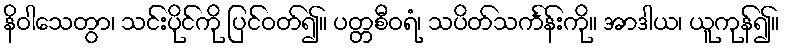
နိဝါသေတွာ၊ သင်းပိုင်ကို ပြင်ဝတ်၍။ ပတ္တစီဝရံ၊ သပိတ်သင်္ကန်းကို။ အာဒါယ၊ ယူကုန်၍။